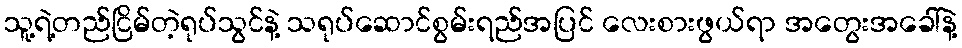
သူ့ရဲ့တည်ငြိမ်တဲ့ရုပ်သွင်နဲ့ သရုပ်ဆောင်စွမ်းရည်အပြင် လေးစားဖွယ်ရာ အတွေးအခေါ်နဲ့